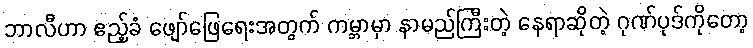
ဘာလီဟာ ဧည့်ခံ ဖျော်ဖြေရေးအတွက် ကမ္ဘာမှာ နာမည်ကြီးတဲ့ နေရာဆိုတဲ့ ဂုဏ်ပုဒ်ကိုတော့